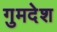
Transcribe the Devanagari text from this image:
गुमदेश